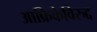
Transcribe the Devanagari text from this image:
आफ्रिकेविरुद्द